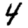
Digit: 4